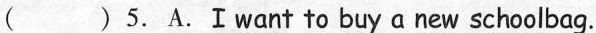
( )5.A.Ⅰwant to buy a new schoolbag.